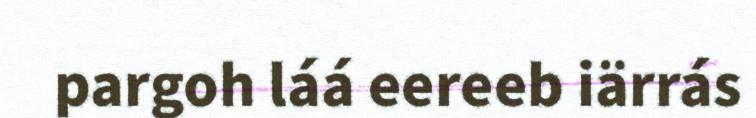
pargoh láá eereeb iärrás